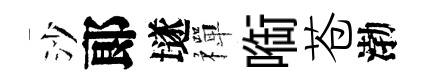
沙郞𡑞禪㗸苍渤